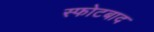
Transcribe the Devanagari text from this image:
स्फोटबाद